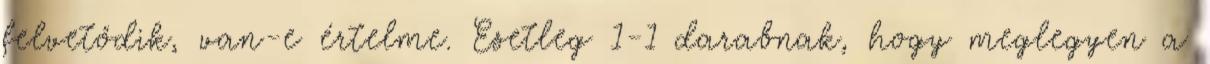
felvetődik, van-e értelme. Esetleg 1-1 darabnak, hogy meglegyen a